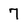
Character: 7